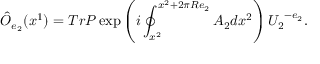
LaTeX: \hat { O } _ { e _ { 2 } } ( x ^ { 1 } ) = T r P \exp \left( i \oint _ { x ^ { 2 } } ^ { x ^ { 2 } + 2 \pi R e _ { 2 } } A _ { 2 } d x ^ { 2 } \right) { U _ { 2 } } ^ { - e _ { 2 } } .